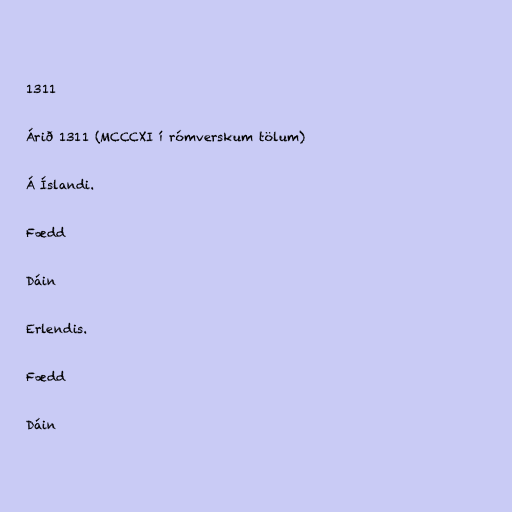
1311

Árið 1311 (MCCCXI í rómverskum tölum)

Á Íslandi.

Fædd

Dáin

Erlendis.

Fædd

Dáin